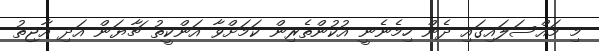
މި މައްސަލައިގައި ދެން ހިމެނެނީ އުކުންތެރިން ކަމަށްވާ އަންކީތު ޗާޔަން އަދި އާޖިތު